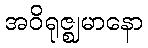
အဝိရုဇ္ဈမာနော